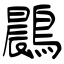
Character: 鷐